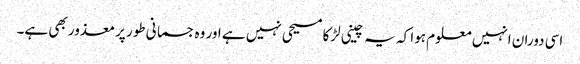
اسی دوران انہیں معلوم ہوا کہ یہ چینی لڑکا مسیحی نہیں ہے اور وہ جسمانی طور پر معذور بھی ہے۔